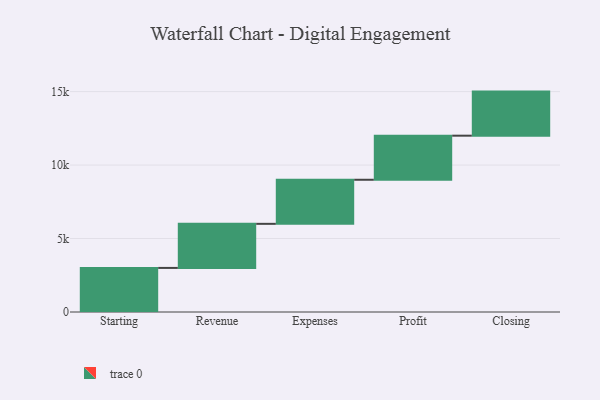
{"axis": {"x": "Step", "y": "Value"}, "legend": [""], "data": [{"x": "Starting", "y": 3000, "type": ""}, {"x": "Revenue", "y": 3000, "type": ""}, {"x": "Expenses", "y": 3000, "type": ""}, {"x": "Profit", "y": 3000, "type": ""}, {"x": "Closing", "y": 3000, "type": ""}]}